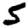
Digit: 5